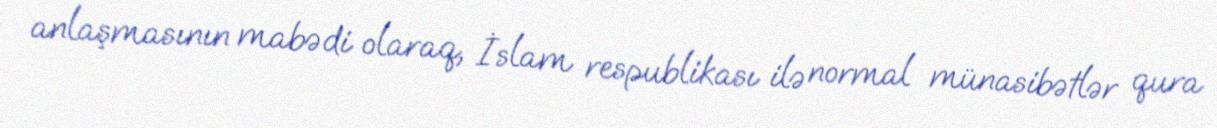
anlaşmasının mabədi olaraq, İslam respublikası ilə normal münasibətlər qura